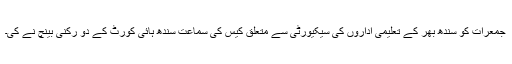
جمعرات کو سندھ بھر کے تعلیمی اداروں کی سیکیورٹی سے متعلق کیس کی سماعت سندھ ہائی کورٹ کے دو رکنی بینچ نے کی۔